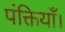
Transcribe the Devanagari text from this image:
पंक्तियाँ।